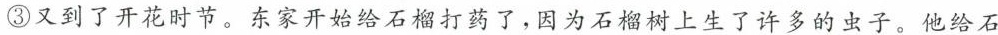
③又到了开花时节。东家开始给石榴打药了，因为石榴树上生了许多的虫子。他给石